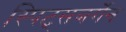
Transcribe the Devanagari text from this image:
स्पिट्सबर्गेन